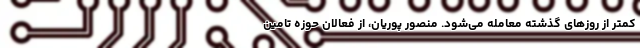
کمتر از روزهای گذشته معامله می‌شود. منصور پوریان، از فعالان حوزه تامین